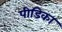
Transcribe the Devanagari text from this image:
पीडिका